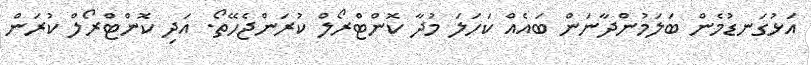
އަޅުގަނޑުމެން ބަލަމުންދާނަން ބައެއް ކަހަލަ މުދާ ކޮންޓްރޯލް ކުރަންޖެހޭތޯ. އަދި ކޮންޓްރޯލް ކުރަން